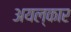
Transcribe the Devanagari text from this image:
अयल्कार